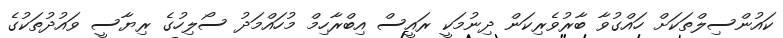
ކައުންސިލްތަކަށް ހައްގުވާ ބާރުވެރިކަން ދިނުމަކީ ރައީސް އިބްރާހިމް މުހައްމަދު ސޯލިހުގެ ރިޔާސީ ވައުދުތަކުގެ